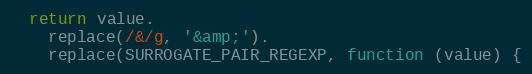
Language: JavaScript
  return value.
    replace(/&/g, '&amp;').
    replace(SURROGATE_PAIR_REGEXP, function (value) {